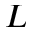
L